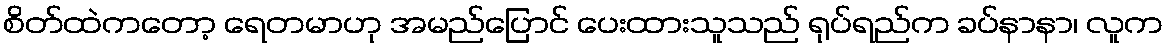
စိတ်ထဲကတော့ ရေတမာဟု အမည်ပြောင် ပေးထားသူသည် ရုပ်ရည်က ခပ်နာနာ၊ လူက